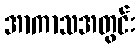
အာကာသအတွင်း